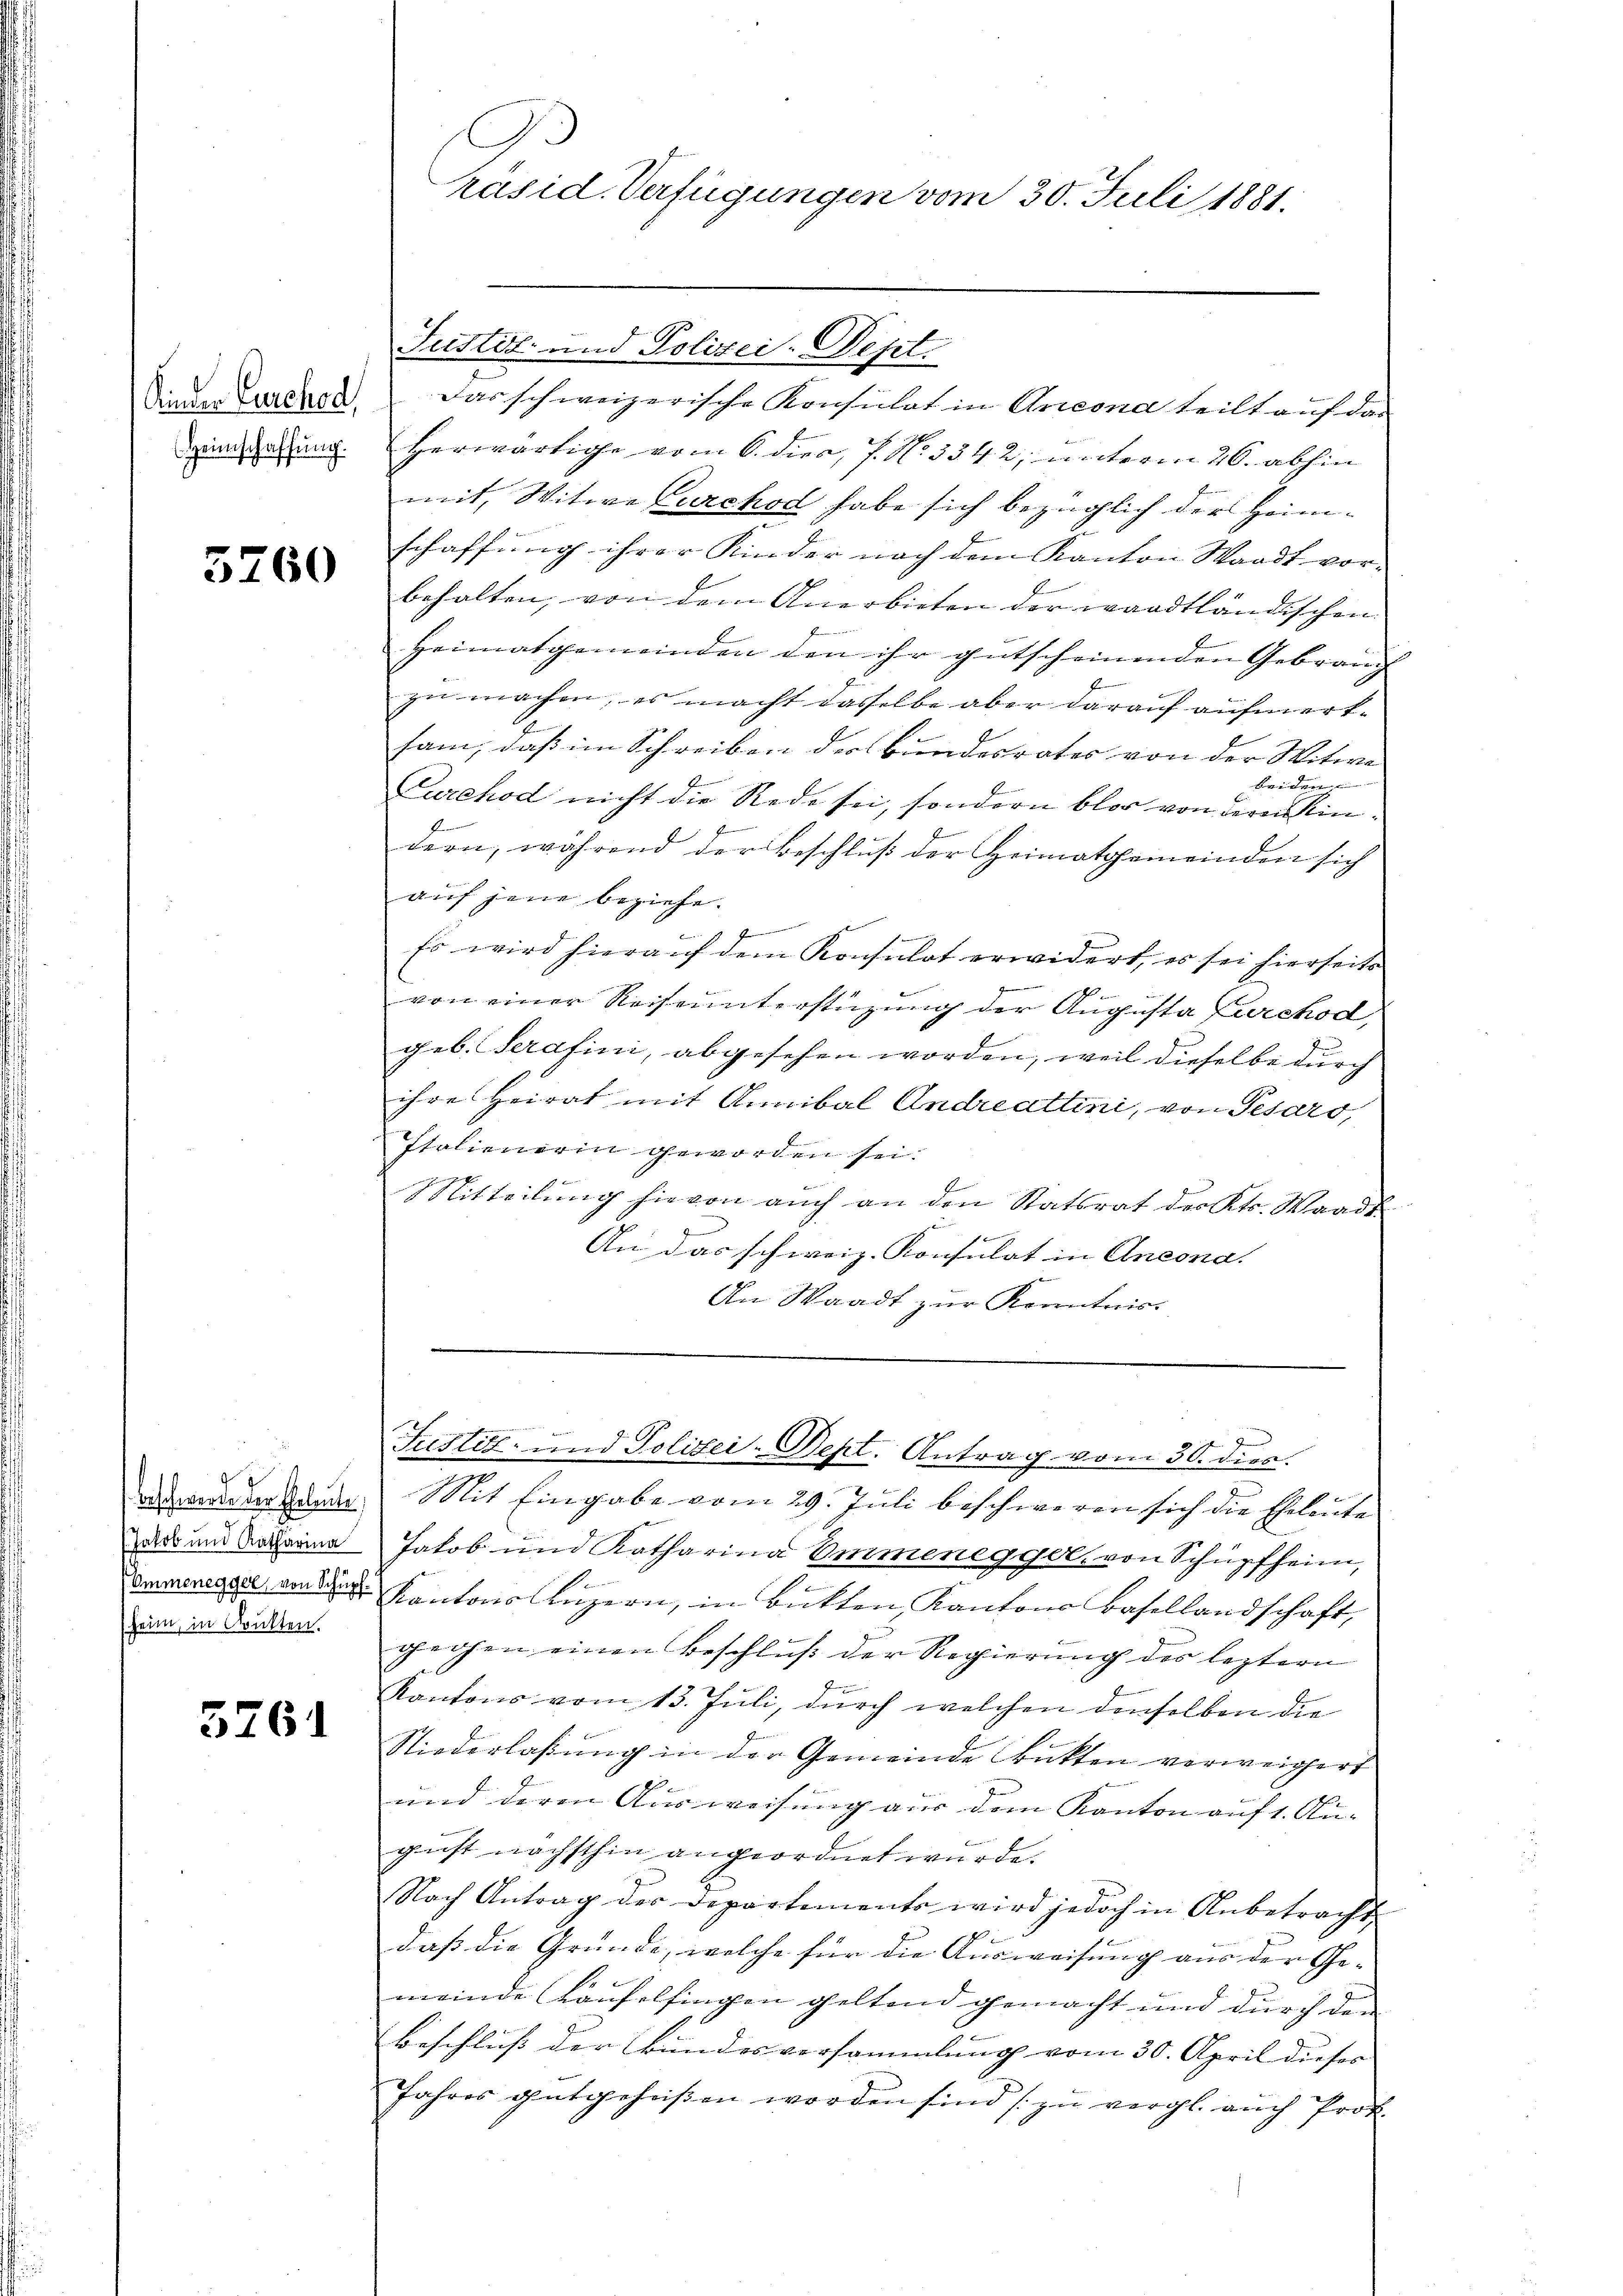
Kinder Curched
Heimschaffung.

5260

heim, in Soulten.

5261

Das schweizerische Konsulat in Arcona teilt auf das
Herwärtige vom 6. dies, 7. No. 3342; unterm 26. abhin
mit, Witwe Curchod habe sich bezüglich der Heimschaffung ihrer Kinder nach dem Kanton Waadt vorb
behalten, von dem Anerbieten der waadtländischen
Heimatgemeinden den ihr gutscheinenden Gebrauch
J
zu machen; es macht dasselbe aber darauf aufmerksam, daß im Schreiben der Bundesrates von der Witwe
Baren
Lurehod nicht die Rede sei, sondern blos von deren eindern, während der Beschluß der Heimatgemeinden sich
auf jene beziehe.
r
.
Es wird hierauf dem Konsulat erwidert, es sei hierseits
von einer Reiseunterstüzung der Augusta Furchod,
geb. Serafini, abgesehen worden, weil dieselbe durch
ihre Heirat mit Annibal Andreattini, von Pesars,
Italienerin geworden sei.
Mitteilung hievon auch an den Statsrat des Kts. Waadt
An das schweiz. Konsulat in Antona
An Waadt zur Kenntnis.

G.
räsid. Verfügungen vom 30. Juli 1881.

Justiz- und Polizei-Dept.

domanerkann Mit Eingabe vom 29. Juli beschweren sich die Eheleute
ad und Katharina Jakob und Katharina Emmenegger, von Schüpfheim,
Dem ander Kantons Luzern, in Bitten Kantons Basellandschaft,
gegen einen Beschluß der Regierung des leztern
Kantons vom 13. Juli, durch welchen denselben die
Niederlassung in der Gemeinde Frickten verweigert
und deren Ausweisung aus dem Kanton auf 1. Au-
gust nächsthin angeordnet wurde.
Nach Antrag der Departements wird jedoch in Anbetracht,
f
daß die Gründe, welche für die Ausweisung aus der Ge- |
meinde Kaufelfingen geltend gemacht und durch den
Beschluß der Bundesversammlung vom 30. April dieses |
Jahres gutgeheissen worden sind (zu vergl. auch Prot.

Justiz- und Polizei-Dept. Antrag vom 30. dien.